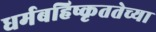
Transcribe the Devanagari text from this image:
धर्मबहिष्कृततेच्या